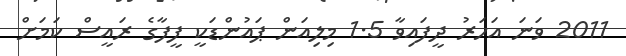
2011 ވަނަ އަހަރު ދީފައިވާ 1.5 މިލިއަން ޕައުންޑަކީ ފީފާގެ ރައީސް ކަމަށް